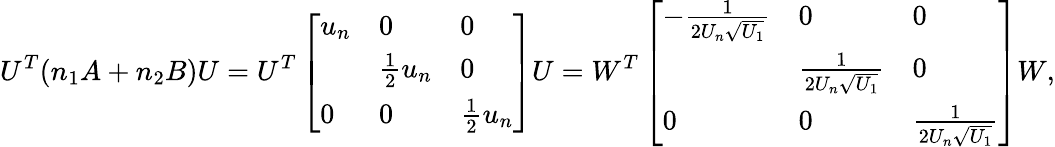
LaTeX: U^{T}(n_{1}A+n_{2}B)U=U^{T}\left[\begin{array}{lll}{u_{n}}&{0}&{0}\\ &{\frac{1}{2}u_{n}}&{0}\\ {0}&{0}&{\frac{1}{2}u_{n}}\end{array}\right]U=W^{T}\left[\begin{array}{lll}{-\frac{1}{2U_{n}\sqrt{U_{1}}}}&{0}&{0}\\ &{\frac{1}{2U_{n}\sqrt{U_{1}}}}&{0}\\ {0}&{0}&{\frac{1}{2U_{n}\sqrt{U_{1}}}}\end{array}\right]W,